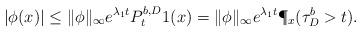
LaTeX: \begin{align*}| \phi (x) | \leq \| \phi\|_\infty e^{ \lambda_1 t } P^{b, D}_t 1(x)= \| \phi\|_\infty e^{ \lambda_1 t } \P_x (\tau^{b}_{D}>t).\end{align*}